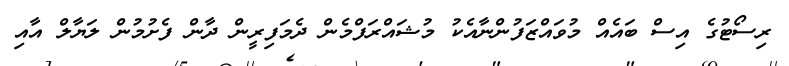
ރިސޯޓުގެ އިސް ބައެއް މުވައްޒަފުންނާއެކު މުޝައްރަފްމެން ދެމަފިރީން ދާން ފެށުމުން ލަޔާލް އާއި